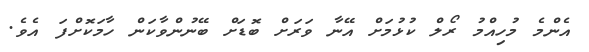
އެންމެ މުހިއްމު ރޯލް ކުޅުމަށް އޭނާ ވަރަށް ބޮޑަށް ބޭނުންވާކަން ހާމަކޮށްފަ އެވެ.